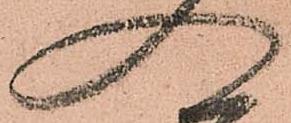
入